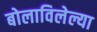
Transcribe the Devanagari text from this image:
बोलाविलेल्या